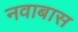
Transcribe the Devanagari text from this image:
नवाबास